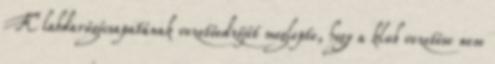
FC labdarúgócsapatának vezetőedzőjét meglepte, hogy a klub vezetése nem